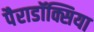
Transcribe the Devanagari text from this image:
पैराडॉक्सिया